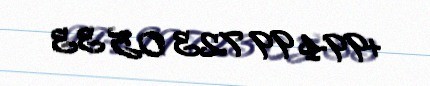
+994 99 723 05 33